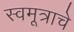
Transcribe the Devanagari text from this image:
स्वमूत्राचे